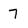
Character: 7